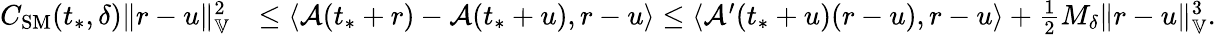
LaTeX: \begin{array}{rl}{C_{\mathrm{SM}}(t_{*},\delta)\| r-u\| _{\mathbb{V}}^{2}}&{\le\langle\mathcal{A}(t_{*}+r)-\mathcal{A}(t_{*}+u),r-u\rangle\le\langle\mathcal{A}^{\prime}(t_{*}+u)(r-u),r-u\rangle+\frac{1}{2}M_{\delta}\| r-u\| _{\mathbb{V}}^{3}.}\end{array}